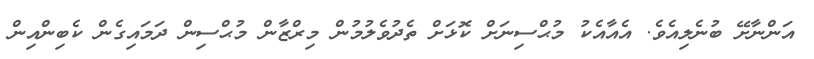
އަންނާށޭ ބުނެލިއެވެ. އެއާއެކު މުޙްސިނަށް ކޮޅަށް ތެދުވެލުމުން މިރްޒާން މުޙްސިން ދަމައިގެން ކެބިންއިން